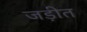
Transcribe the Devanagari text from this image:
जड़ीत